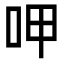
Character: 呷